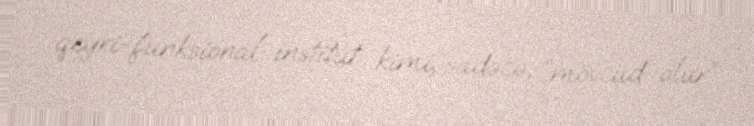
qeyri-funksional institut kimi, sadəcə, “mövcud olur”.